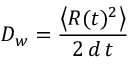
D _ { w } = \frac { \left\langle R ( t ) ^ { 2 } \right\rangle } { 2 \, d \, t }